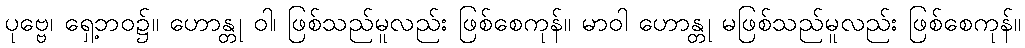
ပုဗ္ဗေ၊ ရှေ့ဘဝ၌။ ဟောန္တု ဝါ၊ ဖြစ်သည်မူလည်း ဖြစ်စေကုန်။ မာဝါ ဟောန္တု မဖြစ်သည်မူလည်း ဖြစ်စေကုန်။